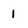
Character: 1